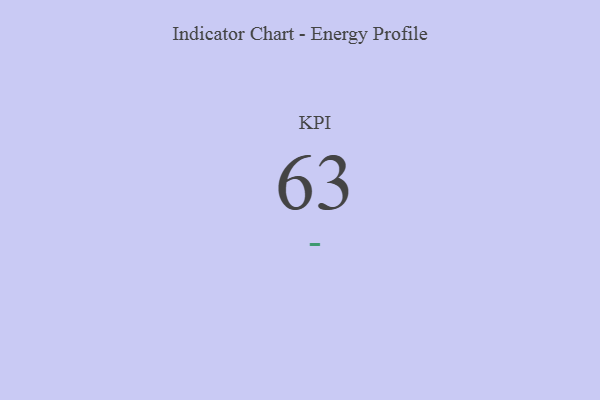
{"axis": {"x": "KPI", "y": "Value"}, "legend": [""], "data": [{"x": "KPI", "y": 63, "type": ""}]}